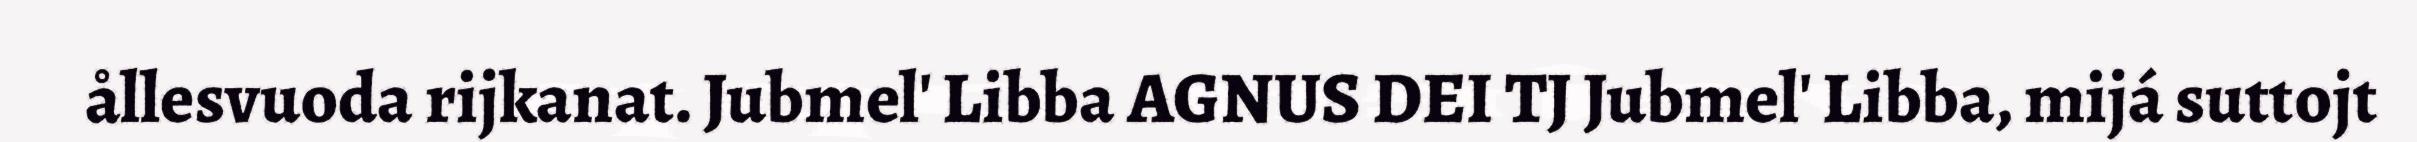
ållesvuoda rijkanat. Jubmel' Libba AGNUS DEI TJ Jubmel' Libba, mijá suttojt